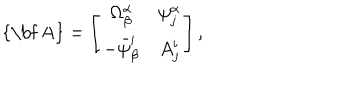
LaTeX: \mathrm { { \bf ~ A } } = \left[ \begin{array} { c c } { { \Omega _ { \beta } ^ { \alpha } } } & { { \psi _ { j } ^ { \alpha } } } \\ { { - \bar { \psi } _ { \beta } ^ { i } } } & { { A _ { j } ^ { i } } } \\ \end{array} \right] ,